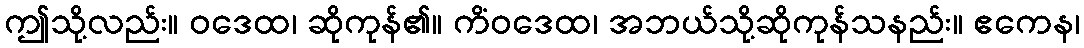
ဤသို့လည်း။ ဝဒေထ၊ ဆိုကုန်၏။ ကိံဝဒေထ၊ အဘယ်သို့ဆိုကုန်သနည်း။ ဧကေန၊